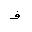
Letter: _fa